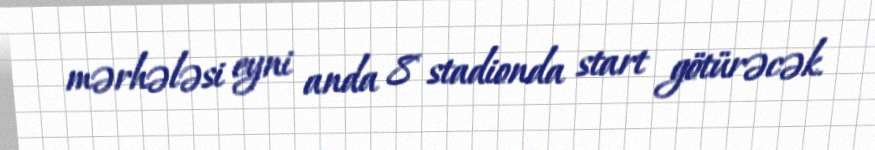
mərhələsi eyni anda 8 stadionda start götürəcək.